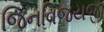
જિનવિજયજી